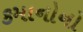
કમાનોનો